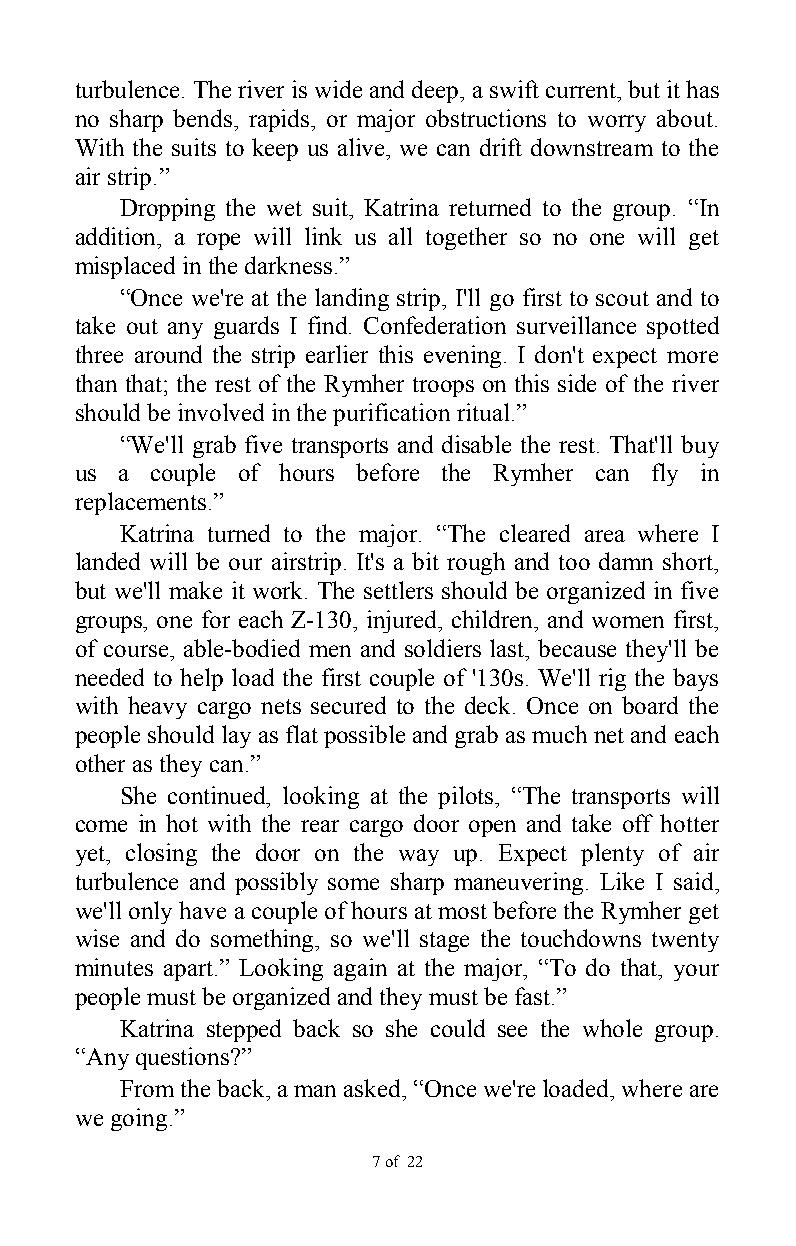
turbulence. The river is wide and deep, a swift current, but it has
 no sharp bends, rapids, or major obstructions to worry about.
 With the suits to keep us alive, we can drift downstream to the
 air strip.”
 Dropping the wet suit, Katrina returned to the group. “In
 addition, a rope will link us all together so no one will get
 misplaced in the darkness.”
 “Once we're at the landing strip, I'll go first to scout and to
 take out any guards I find. Confederation surveillance spotted
 three around the strip earlier this evening. I don't expect more
 than that; the rest of the Rymher troops on this side of the river
 should be involved in the purification ritual.”
 “We'll grab five transports and disable the rest. That'll buy
 us a couple of hours before the Rymher can fly in
 replacements.”
 Katrina turned to the major. “The cleared area where I
 landed will be our airstrip. It's a bit rough and too damn short,
 but we'll make it work. The settlers should be organized in five
 groups, one for each Z-130, injured, children, and women first,
 of course, able-bodied men and soldiers last, because they'll be
 needed to help load the first couple of '130s. We'll rig the bays
 with heavy cargo nets secured to the deck. Once on board the
 people should lay as flat possible and grab as much net and each
 other as they can.”
 She continued, looking at the pilots, “The transports will
 come in hot with the rear cargo door open and take off hotter
 yet, closing the door on the way up. Expect plenty of air
 turbulence and possibly some sharp maneuvering. Like I said,
 we'll only have a couple of hours at most before the Rymher get
 wise and do something, so we'll stage the touchdowns twenty
 minutes apart.” Looking again at the major, “To do that, your
 people must be organized and they must be fast.”
 Katrina stepped back so she could see the whole group.
 “Any questions?”
 From the back, a man asked, “Once we're loaded, where are
 we going.”
 7 of 22